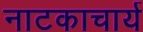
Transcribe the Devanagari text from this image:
नाटकाचार्य